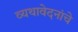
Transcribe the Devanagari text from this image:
व्यथावेदनांचे